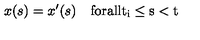
x ( s ) = x ^ { \prime } ( s ) \quad \mathrm { f o r a l l t _ i \le s < t }